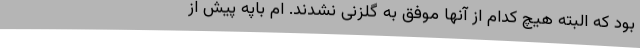
بود که البته هیچ کدام از آنها موفق به گلزنی نشدند. ام باپه پیش از